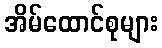
အိမ်ထောင်စုများ